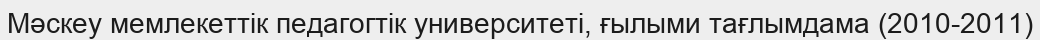
Мәскеу мемлекеттік педагогтік университеті, ғылыми тағлымдама (2010-2011)